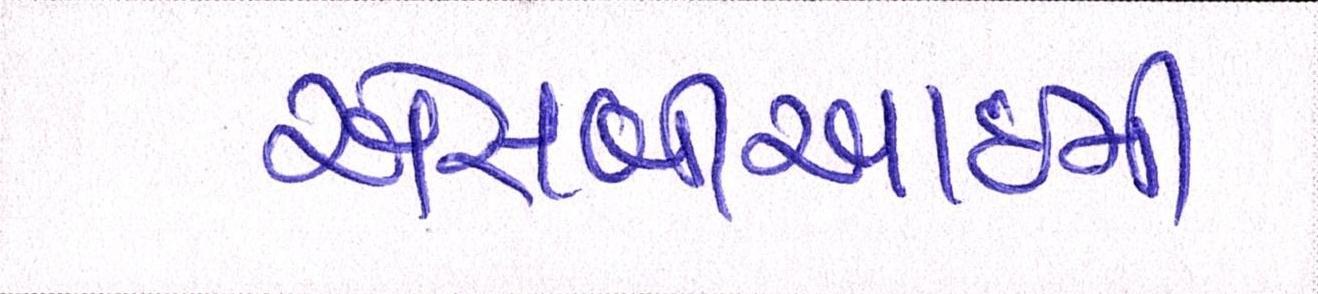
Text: એસબીઆઈની